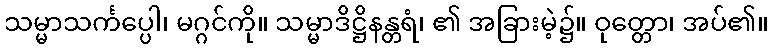
သမ္မာသင်္ကပ္ပေါ၊ မဂ္ဂင်ကို။ သမ္မာဒိဋ္ဌိနန္တရံ၊ ၏ အခြားမဲ့၌။ ဝုတ္တော၊ အပ်၏။